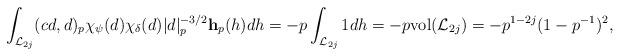
LaTeX: \begin{align*} \int_{\mathcal L_{2j}} (cd,d)_p\chi_{\psi}(d)\chi_{\delta}(d)|d|_p^{-3/2}\mathbf h_p(h) dh = -p \int_{\mathcal L_{2j}} 1dh = -p \mathrm{vol}(\mathcal L_{2j}) = -p^{1-2j}(1-p^{-1})^2, \end{align*}